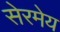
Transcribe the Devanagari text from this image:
सेरमेय